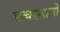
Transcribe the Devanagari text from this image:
सत्कान्तलों